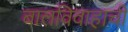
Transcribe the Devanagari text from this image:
बालविवाहाची